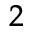
_ 2